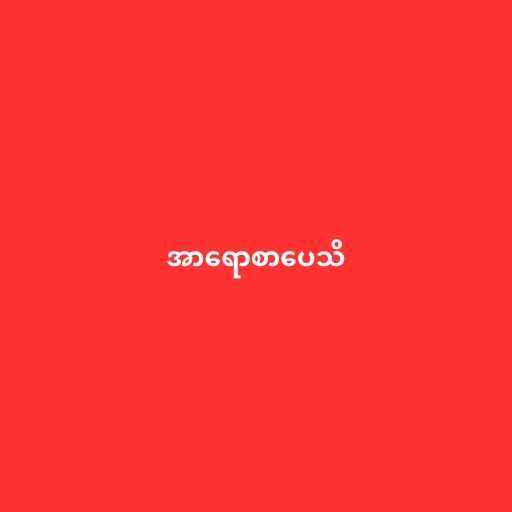
အာရောစာပေသိ